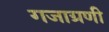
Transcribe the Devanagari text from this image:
गजाग्रणी